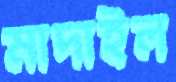
মাদাইল